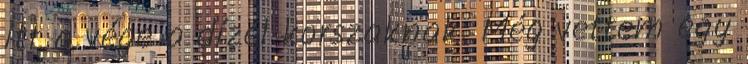
itt a vége a dízel korszaknak. Még vettem egy